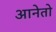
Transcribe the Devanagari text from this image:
आनेतो